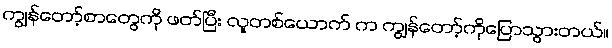
ကျွန်တော့်စာတွေကို ဖတ်ပြီး လူတစ်ယောက် က ကျွန်တော့်ကိုပြောသွားတယ်။